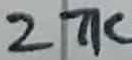
Text: 27K